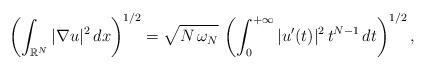
LaTeX: \begin{align*}\left(\int_{\mathbb{R}^N} |\nabla u|^2\, dx\right)^{1/2}=\sqrt{N\,\omega_N}\, \left(\int_0^{+\infty} |u'(t)|^2\,t^{N-1}\, dt\right)^{1/2},\end{align*}